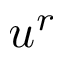
u ^ { r }